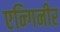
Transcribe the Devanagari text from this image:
एन्गिनीर